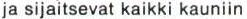
ja sijaitsevat kaikki kauniin